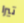
تيرا